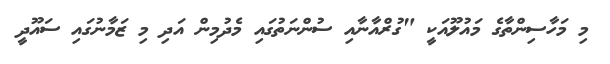
މި މަހާސިންތާގެ މައުލޫއަކީ "ގުރްއާނާއި ސުންނަތުގައި މެދުމިން އަދި މި ޒަމާނުގައި ސައޫދީ